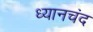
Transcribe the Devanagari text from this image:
ध्‍यानचंद